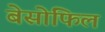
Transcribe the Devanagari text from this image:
बेसोफिल